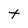
Character: t